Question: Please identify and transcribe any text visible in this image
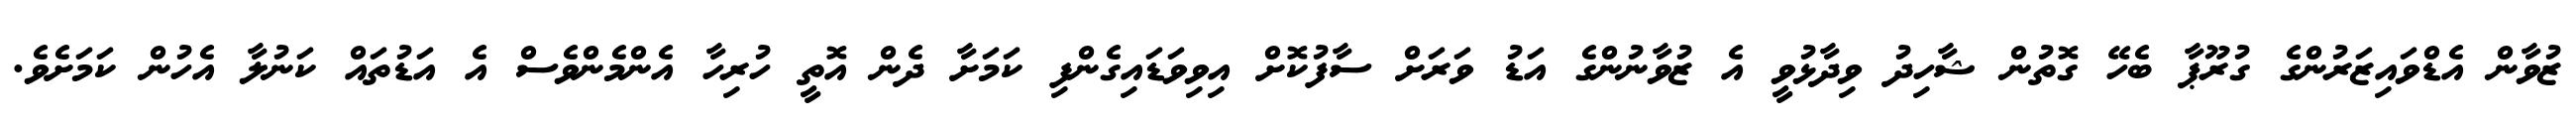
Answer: ޒުވާން އެޑްވައިޒަރުންގެ ގުރޫޕާ ބެހޭ ގޮތުން ޝާހިދު ވިދާޅުވީ އެ ޒުވާނުންގެ އަޑު ވަރަށް ސާފުކޮށް އިވިވަޑައިގެންފި ކަމަށާ ދެން އޮތީ ހުރިހާ އެންމެންވެސް އެ އަޑުތައް ކަނުލާ އެހުން ކަމަށެވެ.